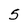
Character: S